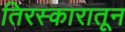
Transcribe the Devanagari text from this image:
तिरस्कारातून